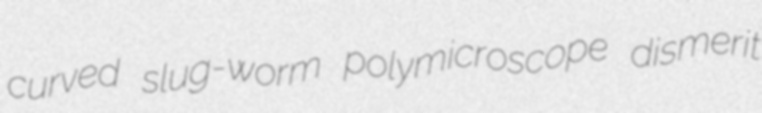
curved slug-worm polymicroscope dismerit